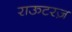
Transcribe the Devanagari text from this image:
राऊटरज़